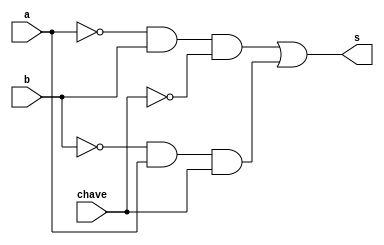
// -------------------------
// Exemplo0037 - Comparador paracalcular se maior ou menor
// Nome: Djonatas Tulio Rodrigues Costa
// -------------------------

// -------------------------
// f4_gate
// -------------------------
module f4(output s, input a, input b, input chave);
	wire s1, s2, s3, s4, s5, s6;
	
	not NOT1(s1, a);
	not NOT2(s2, b);
	
	and AND1(s3, s1, b);
	and AND2(s4, s2, a);
	
	and AND3(s5, s3, ~chave);
	and AND4(s6, s4, chave);
	
	or OR1(s, s5, s6);

endmodule // f4_gate

// -------------------------
// testef4
// -------------------------
module test_f4;
// ------------------------- definir dados
	reg a;
	reg b;
	reg chave;
	wire x;

	f4 modulo(x,a,b,chave);

// ------------------------- parte principal

	initial begin
		
		$display("Exemplo0037 - Djonatas Tulio Rodrigues Costa - 440954");
		$display("Extra07\n");

		$display("\nChave=0");
			a=0; b=0; chave=0;
		$monitor("%b --- %b = %b", a, b, x);
		#1 a=0; b=1;
		#1 a=1; b=0;
		#1 a=1; b=1;
		
		#1 $display("\nChave=1");
		#1 a=0; b=0; chave=1;
		#1 a=0; b=1;
		#1 a=1; b=0;
		#1 a=1; b=1;
	end

endmodule // test_f4